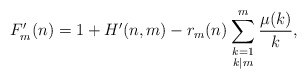
\begin{align*}F'_m (n) = 1 + H'(n,m) - r_m(n) \sum_{\begin{smallmatrix}k=1\\k|m\end{smallmatrix}}^m \frac{\mu(k)}{k},\end{align*}